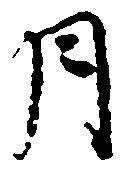
月